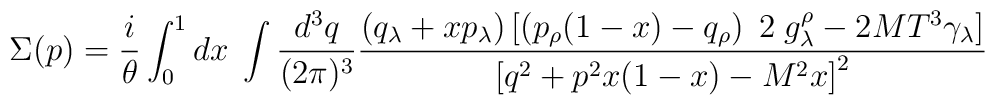
\Sigma(p)={\frac{ i}{\theta}} \int_0^1  dx \; \int {\frac {d^3q}{(2\pi)^3}} {\frac {\left(q_\lambda+xp_\lambda\right)\left[ \left( p_\rho(1-x)-q_\rho\right)\; 2 \; g^\rho_\lambda-2M T^3\gamma_\lambda\right]}{\left[q^2+p^2x(1-x)-M^2x\right]^2}}